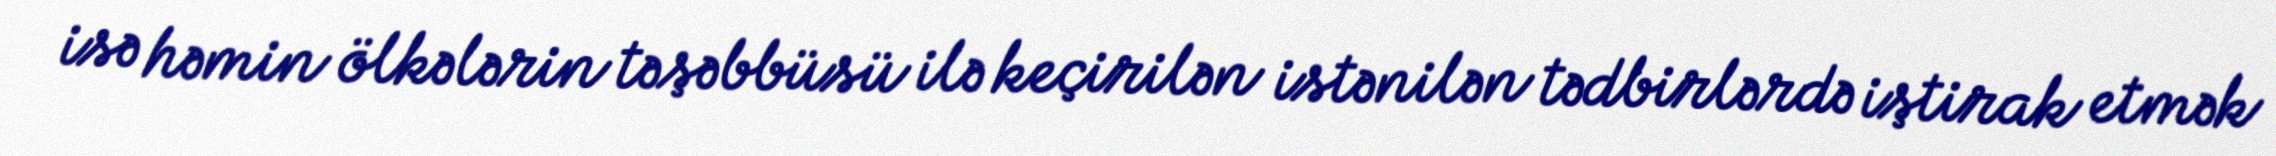
isə həmin ölkələrin təşəbbüsü ilə keçirilən istənilən tədbirlərdə iştirak etmək